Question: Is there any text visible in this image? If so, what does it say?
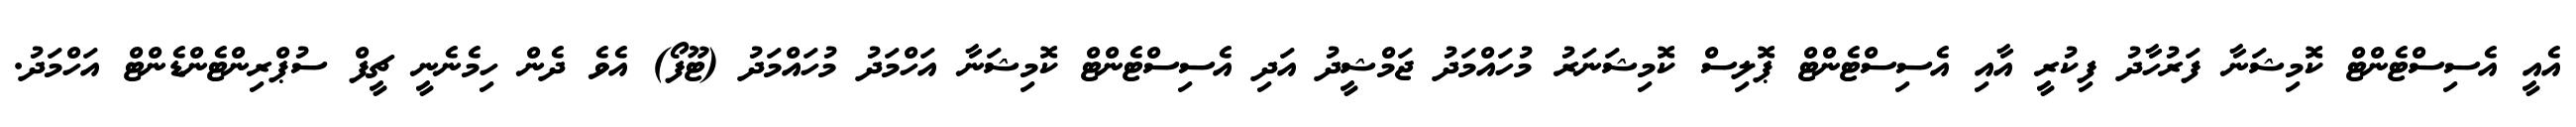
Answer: އެއީ އެސިސްޓެންޓް ކޮމިޝަނާ ފަރުހާދު ފިކުރީ އާއި އެސިސްޓެންޓް ޕޮލިސް ކޮމިޝަނަރު މުހައްމަދު ޖަމްޝީދު އަދި އެސިސްޓެންޓް ކޮމިޝަނާ އަހްމަދު މުހައްމަދު (ޓޫފޯ) އެވެ ދެން ހިމެނެނީ ޗީފް ސުޕްރިންޓެންޑެންޓް އަހްމަދު.